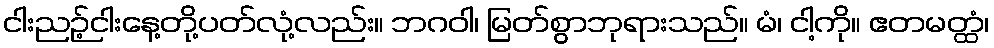
ငါးညဉ့်ငါးနေ့တို့ပတ်လုံ့လည်း။ ဘဂဝါ၊ မြတ်စွာဘုရားသည်။ မံ၊ ငါ့ကို။ ဧတမတ္ထံ၊